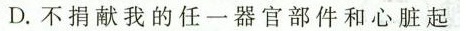
D.不捐献我的任一器官部件和心脏起搏器